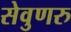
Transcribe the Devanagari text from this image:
सेवुणरु